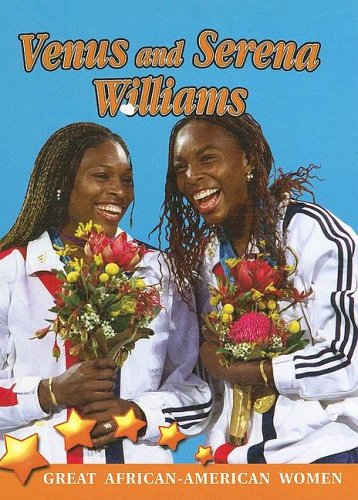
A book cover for Venus and Serena Williams (Great African American Women for Kids); Galadriel Findlay Watson; Children's Books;